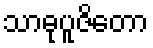
သာဓုပူဇိတော